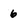
Character: 6